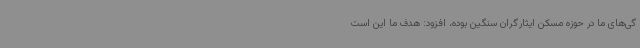
گی‌های ما در حوزه مسکن ایثارگران سنگین بوده، افزود: هدف ما این است